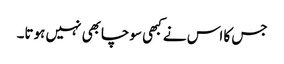
جس کا اس نے کبھی سوچابھی نہیں ہوتا۔